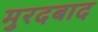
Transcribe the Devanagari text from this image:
मुरदबाद